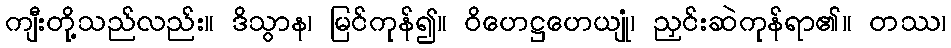
ကျီးတို့သည်လည်း။ ဒိသွာန၊ မြင်ကုန်၍။ ဝိဟေဋ္ဌဟေယျုံ၊ ညှင်းဆဲကုန်ရာ၏။ တဿ၊